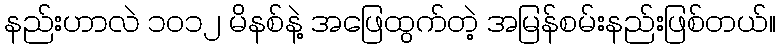
နည်းဟာလဲ ၁ဝ၁၂ မိနစ်နဲ့ အဖြေထွက်တဲ့ အမြန်စမ်းနည်းဖြစ်တယ်။